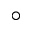
^ { \circ }